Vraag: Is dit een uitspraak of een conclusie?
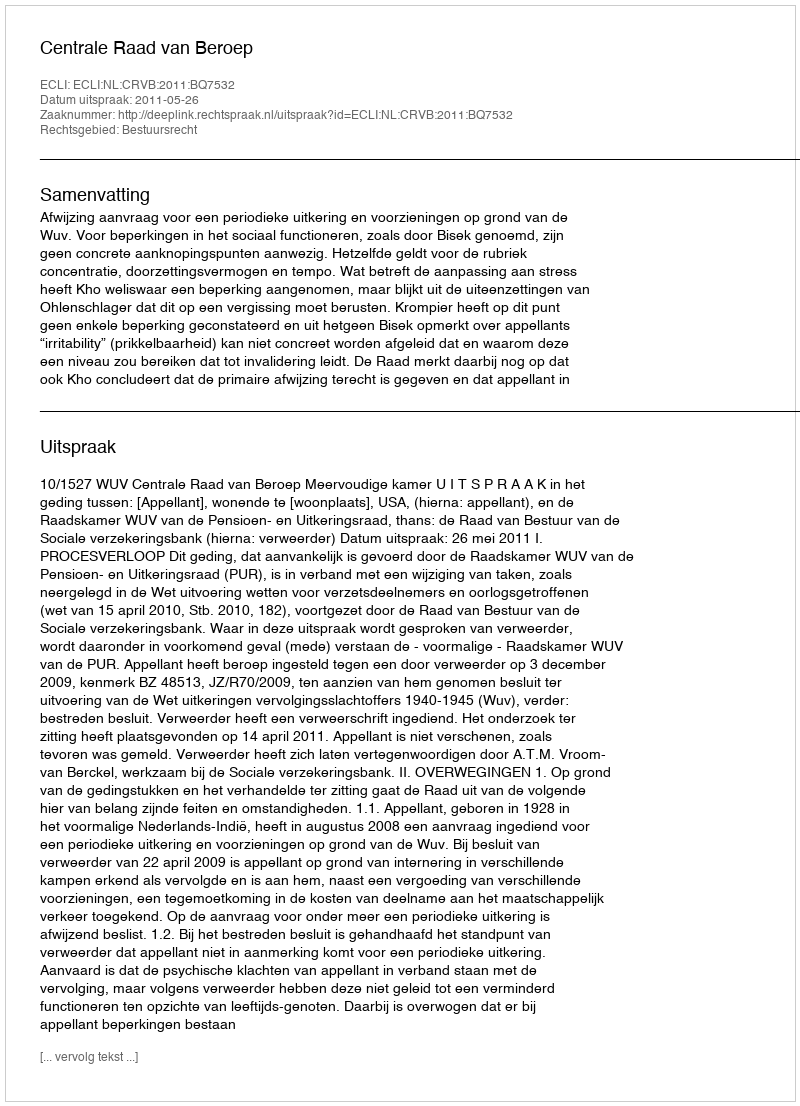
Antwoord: Uitspraak